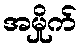
အမှိုက်